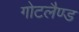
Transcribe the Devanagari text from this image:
गोटलैण्ड